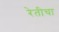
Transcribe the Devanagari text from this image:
रेतीचा